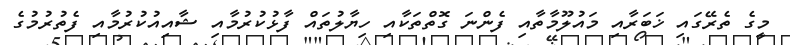
މީގެ ތެރޭގައި ޚަބަރާއި މައުލޫމާތާއި ފެންނަ ގޮތްތަކާއި ހިޔާލުތައް ފާޅުކުރުމާއި ޝާއިއުކުރުމާއި ފެތުރުމުގެ